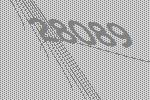
28089